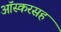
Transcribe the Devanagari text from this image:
ऑस्करसह